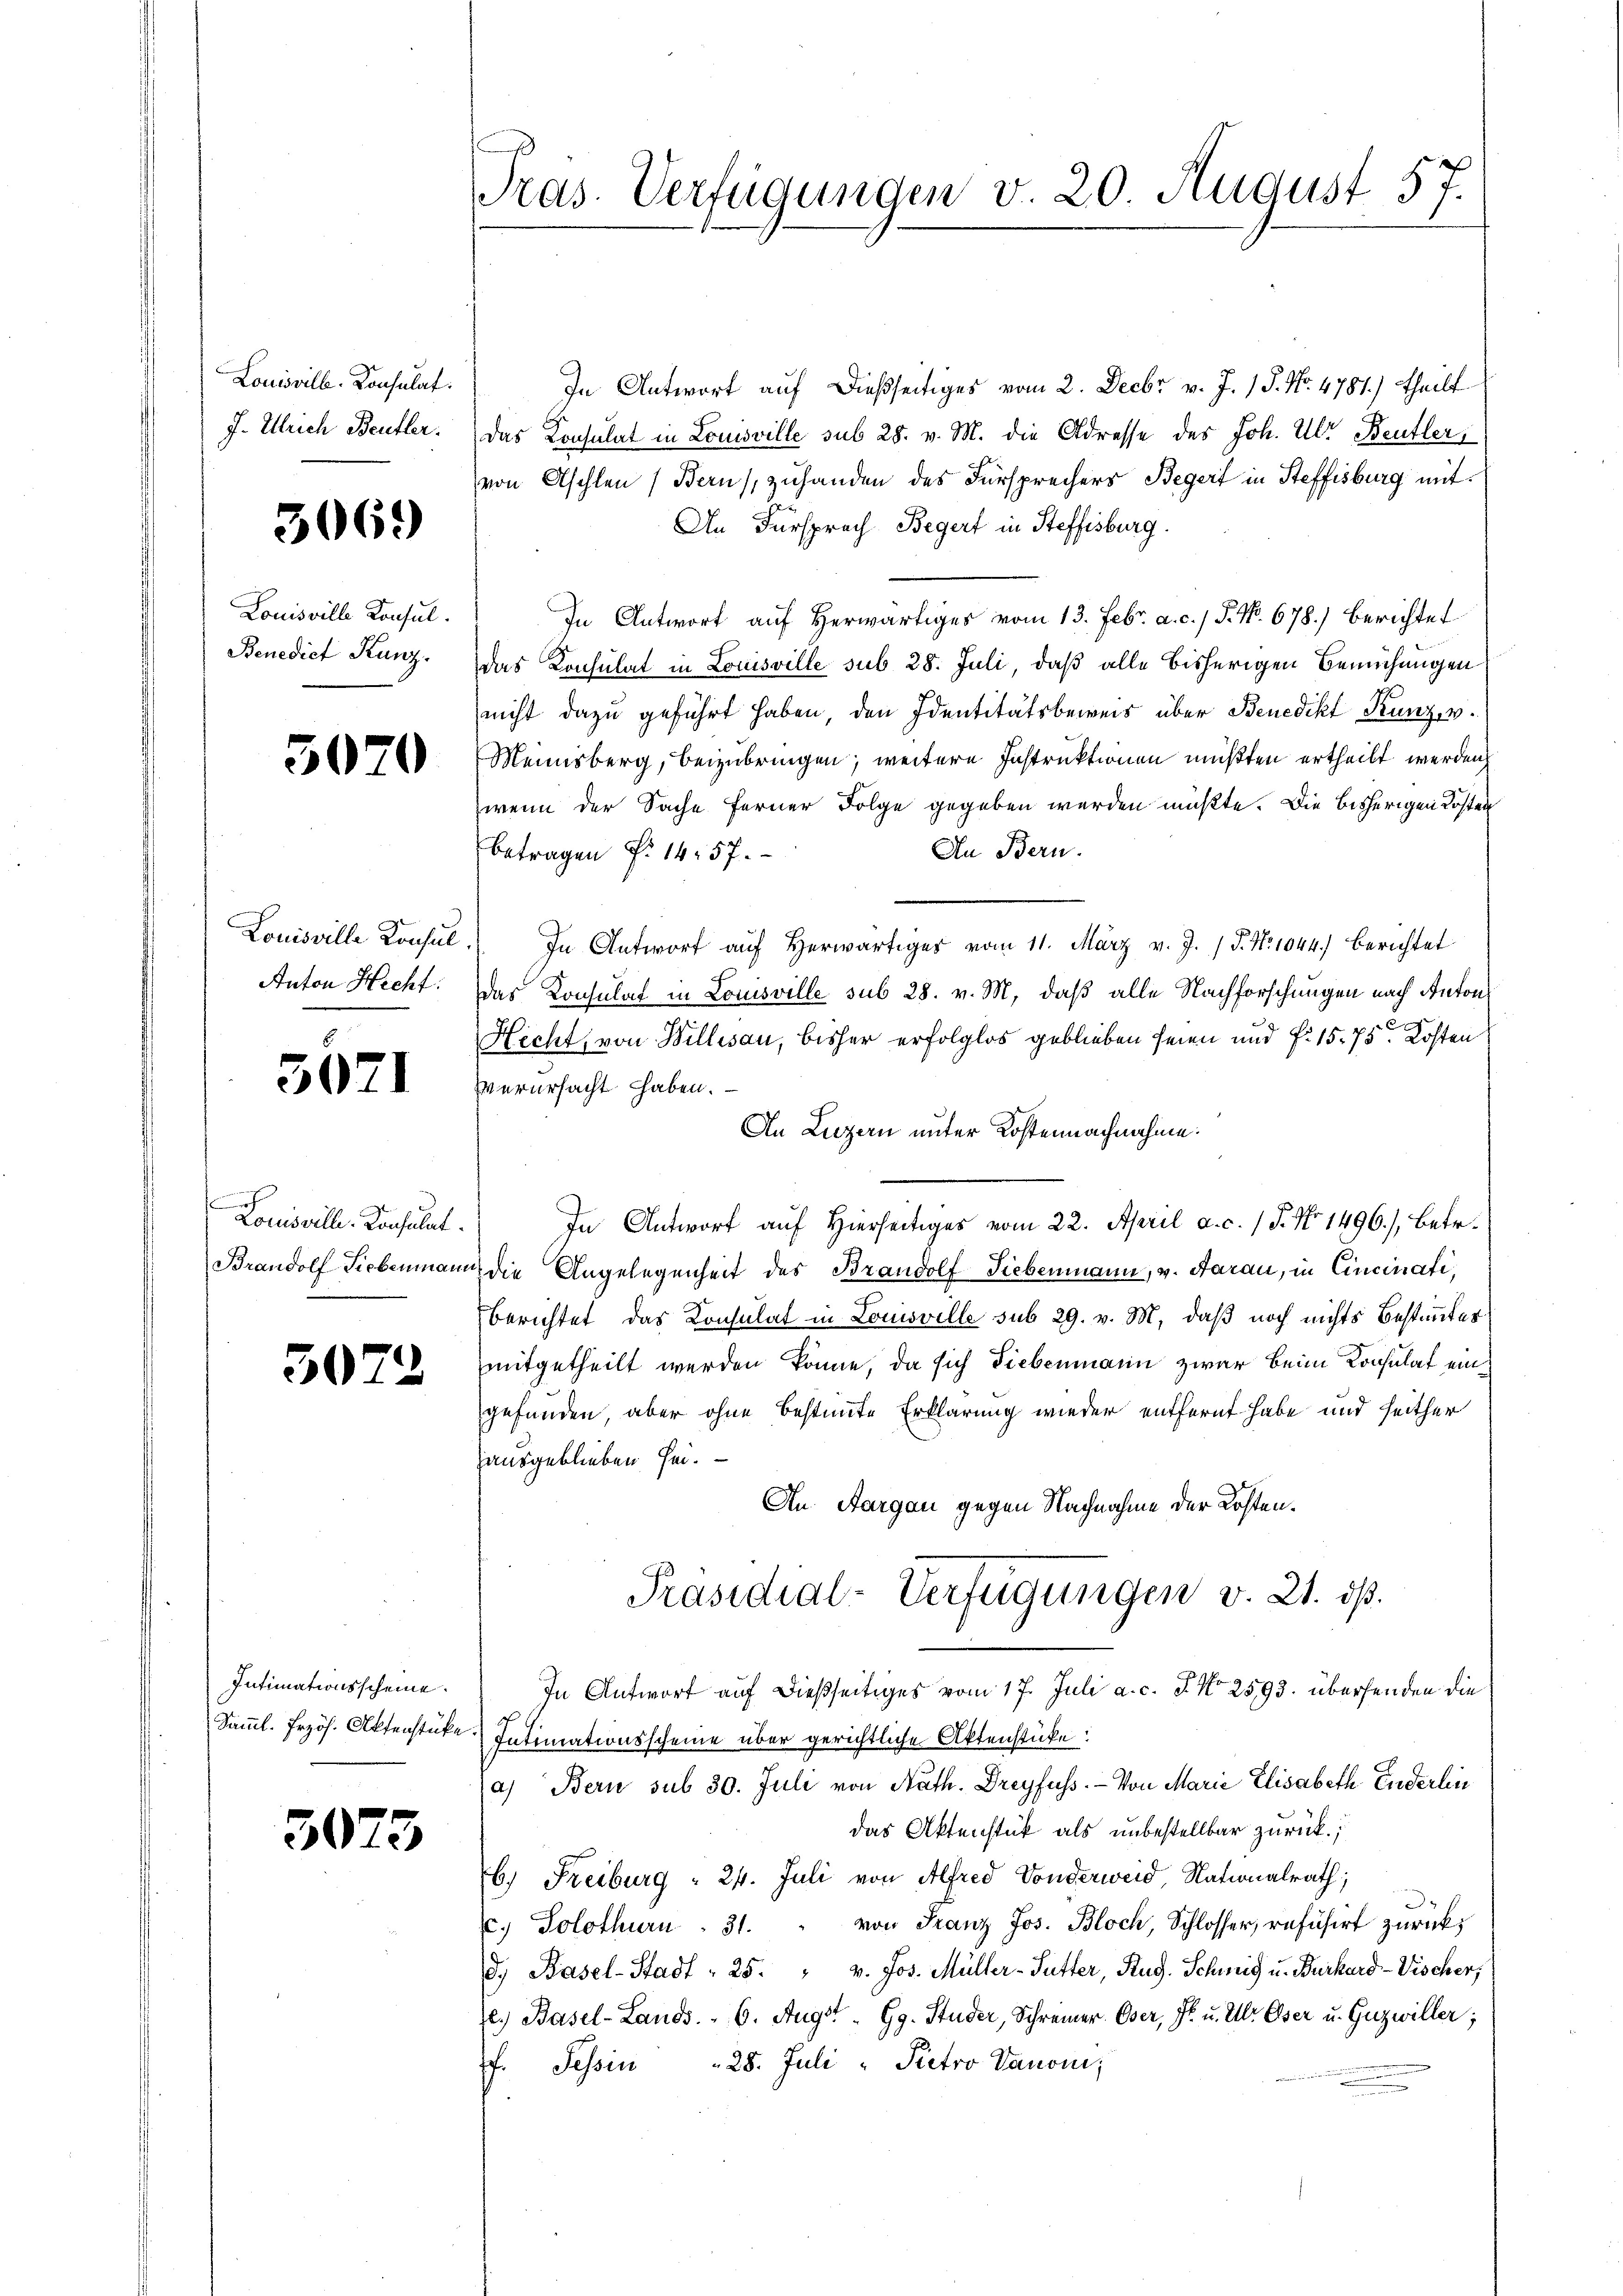
Louisvill-Konsulat
J. Ulrich Bentler.

3069)

Louisville Konsul.
Benedict Kunz.

5070

Louisville Konsul
Anton Hecht:

3071

Louisville-Konsulat
Brandolf Siebenmann
.

3073

Intimationsscheine
Samml. Frzös. Aktenstücke

3075

Pras. Verfügungen v. 20. August 57.

In Antwort auf dießseitiges vom 2. Decbr v. J. 18. No. 4781.) theilt
Das Konsulat in Louisville sub 28. v. M. die Adresse des Joh. Ulr. Beutler,
von Aschlen (Bern, zuhanden des Fürsprechers Begert in Steffisburg mit
An Fürsprach Begert in Steffisburg.
In Antwort auf Herwärtiges vom 13. Febr. a. c. / P. Nr. 678.) berichtet
das Konsulat in Louisville sub 28. Juli, daß alle bisherigen Bemühungen
nicht dazu geführt haben den Identitätsbeweis über Benedikt Kunz, v.
Meinsberg, beizubringen; weitere Instruktionen müßten ertheilt werden,
wenn der Sache ferner Folge gegeben werden müßte. Die bisherigen Kosten
An Bern.
betragen f. 1457.
In Antwort auf herwärtiger vom 11. März v. J. P. Nr. 1044.) Berichtet
das Konsulat in Louisville sub 28. v. M. daß alle Nachforschungen nach Anton
Hecht, von Willesau, bisher erfolglos geblieben seien und P. 15. 75. Kosten
verursacht haben.
An Luzern unter Kostennachnahme.
In Antwort auf Hierseitiges vom 22. April a. c. 15. No. 1496), betr.
u die Angelegenheit des Brandolf Liebenmann, v. Aarau, in Cincinati,
Berichtet, das Konsulat in Louisville sub 29. v. M. daß noch nichts Bestimmter
mitgetheilt werden könne, da sich Fiebenmann zwar beim Konsulat eingefunden, aber ohne bestimmte Erklärung wieder entfernt habe und seither
ausgeblieben sei.
An Aargau gegen Nachnahme der Kosten¬
Präsidial-Verfügungen v. 21. ds.
In Antwort auf dießseitiges vom 17. Juli a. c. P. Nr. 2593. übersenden die
Intimationsscheine über gerichtliche Aktenstücke:
a) Bern sub 30. Juli von Nath. Dreyfuss. - Von Marie Elisabeth Enderlin
das Aktenstück als unbestellbar zurück;
b.) Freiburg  24. Juli von Alfred Vonderweid Nationalrath;
3
c. Solothurn . 31. " von Franz Jos. Bloch, Schlosser, refüsirt zurückd.) Basel-Stadt = 25. " v. Jos. Müller-Sutter, Rug. Schmid u. Burkard-Vischer,
le. Basel-Lands 6. Augst.  Gg. Studer, Schreiner Oser, Fr. u. Ulr. Oser u. Guzwiller;
f. Tessin 28. Juli " Pietro Vanonis